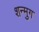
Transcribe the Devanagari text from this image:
शन्मुग